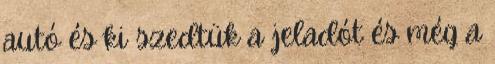
autó és ki szedtük a jeladót és még a